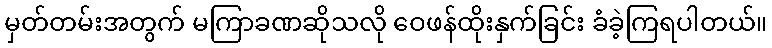
မှတ်တမ်းအတွက် မကြာခဏဆိုသလို ဝေဖန်ထိုးနှက်ခြင်း ခံခဲ့ကြရပါတယ်။